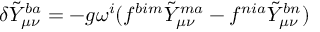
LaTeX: \delta \tilde { Y } _ { \mu \nu } ^ { b a } = - g \omega ^ { i } ( f ^ { b i m } \tilde { Y } _ { \mu \nu } ^ { m a } - f ^ { n i a } \tilde { Y } _ { \mu \nu } ^ { b n } )